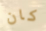
كان